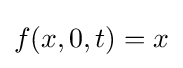
f(x,0,t)=x